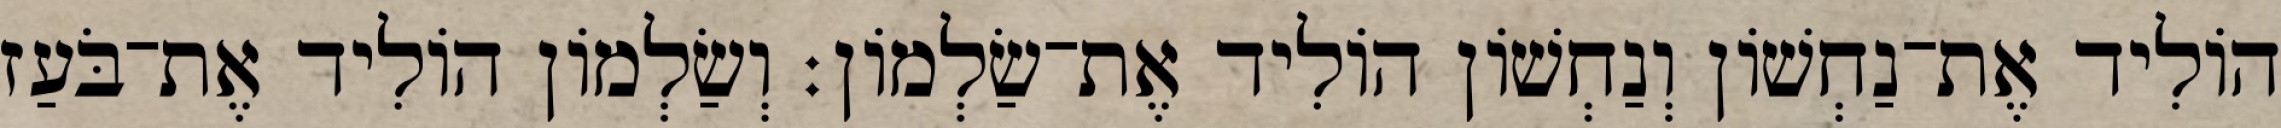
הוֹלִיד אֶת־נַחְשׁוֹן וְנַחְשׁוֹן הוֹלִיד אֶת־שַׂלְמוֹן׃ וְשַׂלְמוֹן הוֹלִיד אֶת־בֹּעַז